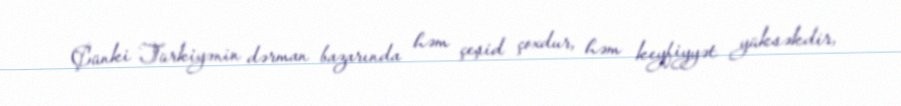
Çünki Türkiyənin dərman bazarında həm çeşid çoxdur, həm keyfiyyət yüksəkdir,